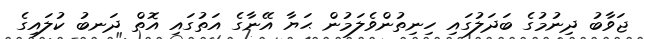
ޖަވާބު ދިނުމުގެ ބަދަލުގައި ހިނިތުންވެލަމުން ޙަޔާ އޭނާގެ އަތުގައި އޮތް ދަނބު ކުލައިގެ